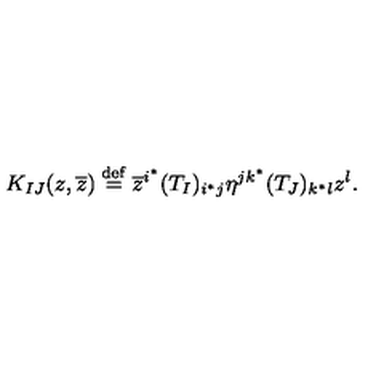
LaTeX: K _ { I J } ( z , \overline { z } ) \stackrel { \mathrm { \scriptsize d e f } } { = } \overline { z } ^ { i ^ { * } } ( T _ { I } ) _ { i ^ { * } j } \eta ^ { j k ^ { * } } ( T _ { J } ) _ { k ^ { * } l } z ^ { l } .